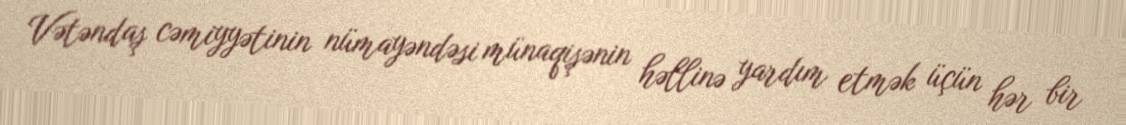
Vətəndaş cəmiyyətinin nümayəndəsi münaqişənin həllinə yardım etmək üçün hər bir